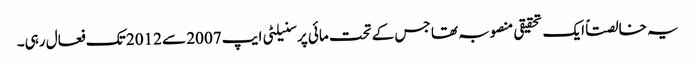
یہ خالصتاً ایک تحقیقی منصوبہ تھا جس کے تحت مائی پرسنیلٹی ایپ 2007 سے 2012 تک فعال رہی۔